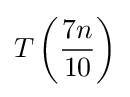
T\left({\frac {7n}{10}}\right)